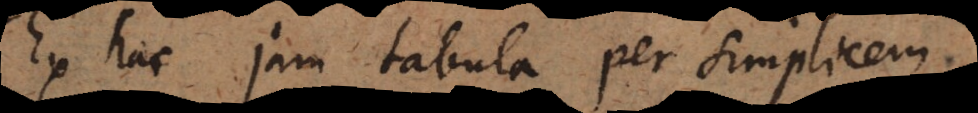
Ex hac jam tabula per simplicem